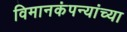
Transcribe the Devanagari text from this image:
विमानकंपन्यांच्या